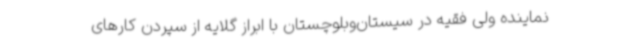
نماینده ولی فقیه در سیستان‌وبلوچستان با ابراز گلایه از سپردن کارهای